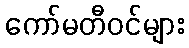
ကော်မတီဝင်များ